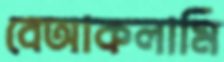
বেআকলামি